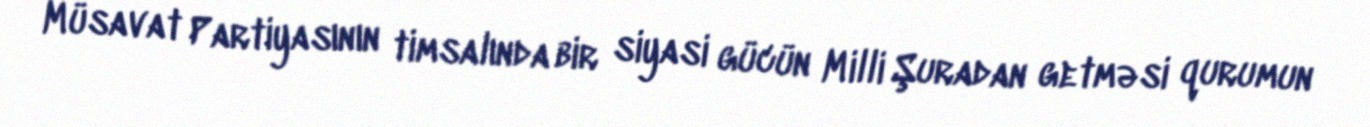
Müsavat Partiyasının timsalında bir siyasi gücün Milli Şuradan getməsi qurumun